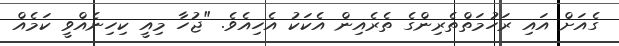
ގެއަށް އައި ރަހުމަތްތެރިންގެ ތެރެއިން އެކަކު އެހިއެވެ. "ޖުހާ މިއީ ކިހިނެއްވީ ކަމެއް